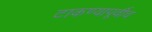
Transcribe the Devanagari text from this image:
टाकण्यापूर्वीच